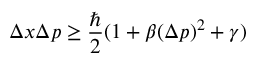
\Delta x \Delta p \ge \frac { \hbar } { 2 } ( 1 + \beta ( \Delta p ) ^ { 2 } + \gamma )